Lunatic asylums Madras 1877-1891 - 1877-1891
Year: 1877
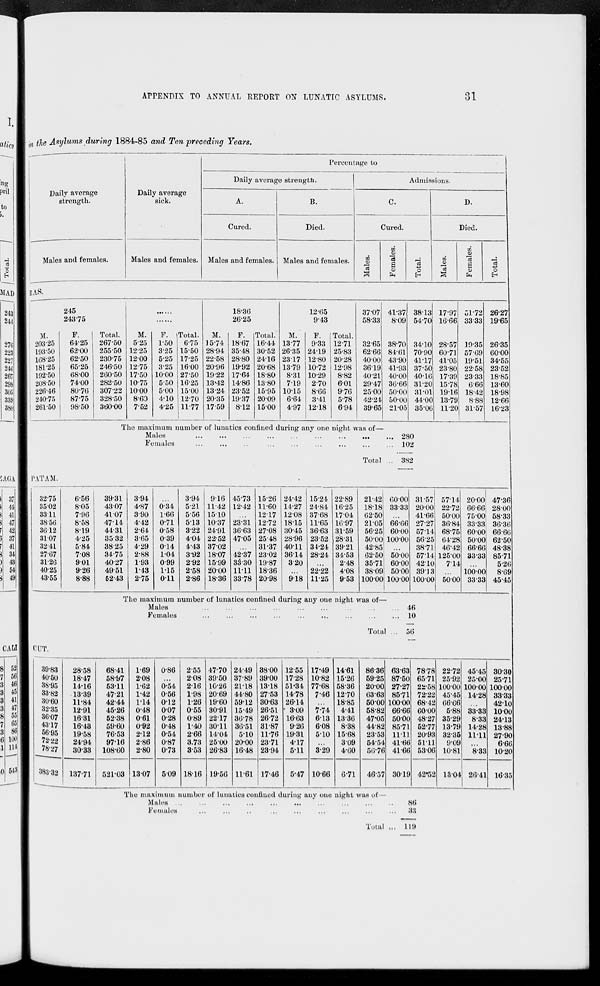
APPENDIX TO ANNUAL REPORT ON LUNATIC ASYLUMS.
31
to the Asylums during 1884-85 and Ten preceding Years.
Daily average
strength.
Males and females.
Daily average
sick.
Males and females.
Percentage to
Daily average strength.
A.
Cured.
Males and females.
B.
Died.
Males and females.
Admissions.
C.
Cured.
Males.
Females.
Total.
D.
Died.
Males.
Females.
Total.
RAS.
245
243.75
M.
203.25
193.50
168.25
181.25
192.50
208.50
226.46
240.75
261.50
F.
64.25
62.00
62.50
65.25
68.00
74.00
80.76
87.75
98.50
Total.
267.50
255.50
230.75
246.50
260.50
282.50
307.22
328.50
360.00
......
......
M.
5.25
12.25
12.00
12.75
17.50
10.75
10.00
8.60
7.52
F.
1.50
3.25
5.25
3.25
10.00
5.50
5.00
4.10
4.25
Total.
6.75
15.50
17.25
16.00
27.50
16.25
15.00
12.70
11.77
18.36
26.25
M.
15.74
28.94
22.58
20.96
19.22
13.42
13.24
20.35
17.59
F.
18.67
35.48
28.80
19.92
17.64
14.86
23.52
19.37
8.12
Total.
16.44
30.52
24.16
20.68
18.80
13.80
15.95
20.09
15.00
12.65
9.43
M.
13.77
26.35
23.17
13.79
8.31
7.19
10.15
6.64
4.97
F.
9.33
24.19
12.80
10.72
10.29
2.70
8.66
3.41
12.18
Total.
12.71
25.83
20.28
12.98
8.82
6.01
9.76
5.78
6.94
37.07
58.33
32.65
62.66
40.00
36.19
40.21
29.47
25.00
42.24
39.65
The maximum number of lunatics confined during any one night was of—
Males
...
...
...
...
...
...
...
... ...
Females ... ... ... ... ... ... ... ... ...
Total ...
41.37
8.09
38.70
84.61
43.90
41.93
40.00
36.66
50.00
50.00
21.05
38.13
54.70
34.10
70.90
41.17
37.50
40.16
31.20
31.01
44.00
35.06
17.97
16.66
28.57
60.71
41.05
23.80
17.39
15.78
19.16
13.79
11.20
51.72
33.33
19.35
57.69
19.51
22.58
23.33
6.66
18.42
8.88
31.57
26.27
19.65
26.35
60.00
34.55
23.52
18.85
13.60
18.98
12.66
16.23
280
102
382
PATAM.
32.75
35.02
33.11
38.56
36.12
31.07
32.41
27.67
31.26
40.25
43.55
6.56
8.05
7.96
8.58
8.19
4.25
5.84
7.08
9.01
9.26
8.88
39.31
43.07
41.07
47.14
44.31
35.32
38.25
34.75
40.27
49.51
52.43
3.94
4.87
3.90
4.42
2.64
3.65
4.29
2.88
1.93
1.43
2.75
...
0.34
1.66
0.71
0.58
0.39
0.14
1.04
0.99
1.15
0.11
3.94
5.21
5.56
5.13
3.22
4.04
4.43
3.92
2.92
2.58
2.86
9.16
11.42
15.10
10.37
24.91
22.52
37.02
18.07
15.99
20.00
18.36
45.73
12.42
...
23.31
36.63
47.05
...
42.37
33.30
11.11
33.78
15.26
11.60
12.17
12.72
27.08
25.48
31.37
23.02
19.87
18.36
20.98
24.42
14.27
12.08
18.15
30.45
28.96
40.11
36.14
3.20
...
9.18
15.24
24.84
37.68
11.65
36.63
23.52
34.24
28.24
...
22.22
11.25
22.89
16.25
17.04
16.97
31.59
28.31
39.21
34.53
2.48
4.08
9.53
21.42
18.18
62.50
21.05
56.25
50.00
42.85
62.50
35.71
38.09
100.00
The maximum number of lunatics confined during any one night was of—
Males
...
...
...
...
...
...
...
...
...
Females
...
...
...
...
...
...
...
...
...
Total ...
60.00
33.33
...
66.66
60.00
100.00
...
50.00
60.00
50.00
100.00
31.57
20.00
41.66
27.27
57.14
56.25
38.71
57.14
42.10
39.13
100.00
57.14
22.72
50.00
36.84
68.75
64.28
46.42
125.00
7.14
...
50.00
20.00
66.66
75.00
33.33
60.00
50.00
66.66
33.33
...
100.00
33.33
47.36
28.00
58.33
36.36
66.66
62.50
48.38
85.71
5.26
8.69
45.45
46
10
56
CUT.
39.83
40.50
38.95
33.82
30.60
32.35
36.07
43.17
56.95
72.22
78.27
383.32
28.58
18.47
14.16
13.39
11.84
12.91
16.31
16.43
19.58
24.94
30.33
137.71
68.41
58.97
53.11
47.21
42.44
45.26
52.38
59.60
76.53
97.16
108.60
521.03
1.69
2.08
1.62
1.42
1.14
0.48
0.61
0.92
2.12
2.86
2.80
13.07
0.86
...
0.54
0.56
0.12
0.07
0.28
0.48
0.54
0.87
0.73
5.09
2.55
2.08
2.16
1.98
1.26
0.55
0.89
1.40
2.66
3.73
3.53
18.16
47.70
39.50
10.26
20.69
19.60
30.91
22.17
30.11
14.04
25.00
26.83
19.56
24.49
37.89
21.18
44.80
59.12
15.49
36.78
36.51
5.10
20.00
16.48
11.61
38.00
39.00
13.18
27.53
30.63
26.51
26.72
31.87
11.76
23.71
28.94
17.46
12.55
17.28
51.34
14.78
26.14
3.09
16.63
9.26
19.31
4.17
5.11
5.47
17.49
10.82
77.68
7.46
...
7.74
6.13
6.08
5.10
...
3.29
10.66
14.61
15.26
58.36
12.70
18.85
4.41
13.36
8.38
15.68
3.09
4.60
6.71
86.36
59.25
20.00
63.63
50.00
58.82
47.05
44.82
23.53
54.54
56.76
46.57
63.63
87.50
27.27
85.71
100.00
66.66
50.00
85.71
11.11
41.66
41.66
30.19
The maximum number of lunatics confined during any one night was of—
Males ...
...
...
...
...
...
...
...
...
...
...
Females
...
...
...
...
...
...
...
...
...
...
...
Total ...
78.78
65.71
22.58
72.22
68.42
60.00
48.27
52.77
20.93
51.11
53.06
42.52
22.72
25.92
100.00
45.45
66.66
5.88
35.29
13.79
32.35
9.09
10.81
13.04
45.45
25.00
100.00
14.28
...
33.33
8.33
14.28
11.11
...
8.33
26.41
30.30
25.71
100.00
33.33
42.10
10.00
24.13
13.88
27.90
6.66
10.20
16.35
86
33
119